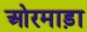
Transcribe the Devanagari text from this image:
ओरमाड़ा